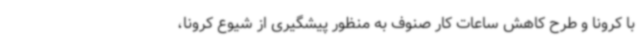
با کرونا و طرح کاهش ساعات کار صنوف به منظور پیشگیری از شیوع کرونا،